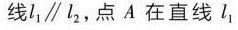
线l_{1}\parallel l_{2}，点A在直线l_{1}